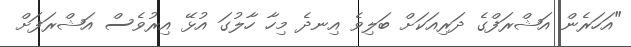
"އަހަރެން އަޝްރަފްގެ ދަރިއަކަށް ބަލިވެ އިނދެ މިހާ ހާލުގަ އުޅޭ އިރުވެސް އަޝްރަފަށް